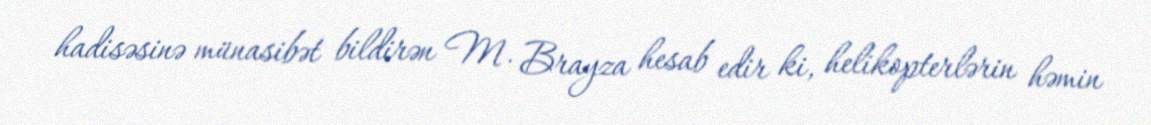
hadisəsinə münasibət bildirən M. Brayza hesab edir ki, helikopterlərin həmin